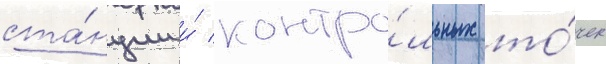
ста́нции и́ контро́льных то́чек